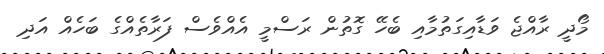
މޯދީ ރާއްޖެ ވަޑާއިގަތުމާއި ބެހޭ ގޮތުން ރަސްމީ އެއްވެސް ފަރާތެއްގެ ބަހެއް އަދި